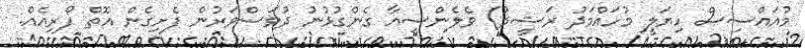
މުއައްސިސް ހިޔަލީ މުހައްމަދު ރަޝީދު) ވެލެންސިއާ ގެންގުޅުނު ދުވަސްވަރުން ފެށިގެން އޮތް ފޯރިއެއް.